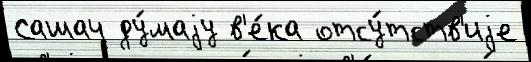
Сашач ду́маjу в'е́ка отсу́тств'иjе